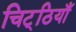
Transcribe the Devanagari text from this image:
चिट्‌ठियाँ